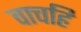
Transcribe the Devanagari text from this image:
वाचहि